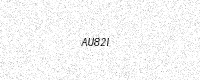
Text: AU82I